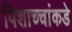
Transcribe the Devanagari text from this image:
पिशाच्चांकडे